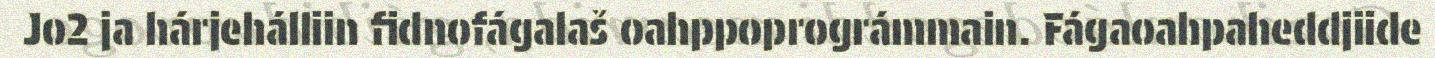
Jo2 ja hárjehálliin fidnofágalaš oahppoprográmmain. Fágaoahpaheddjiide